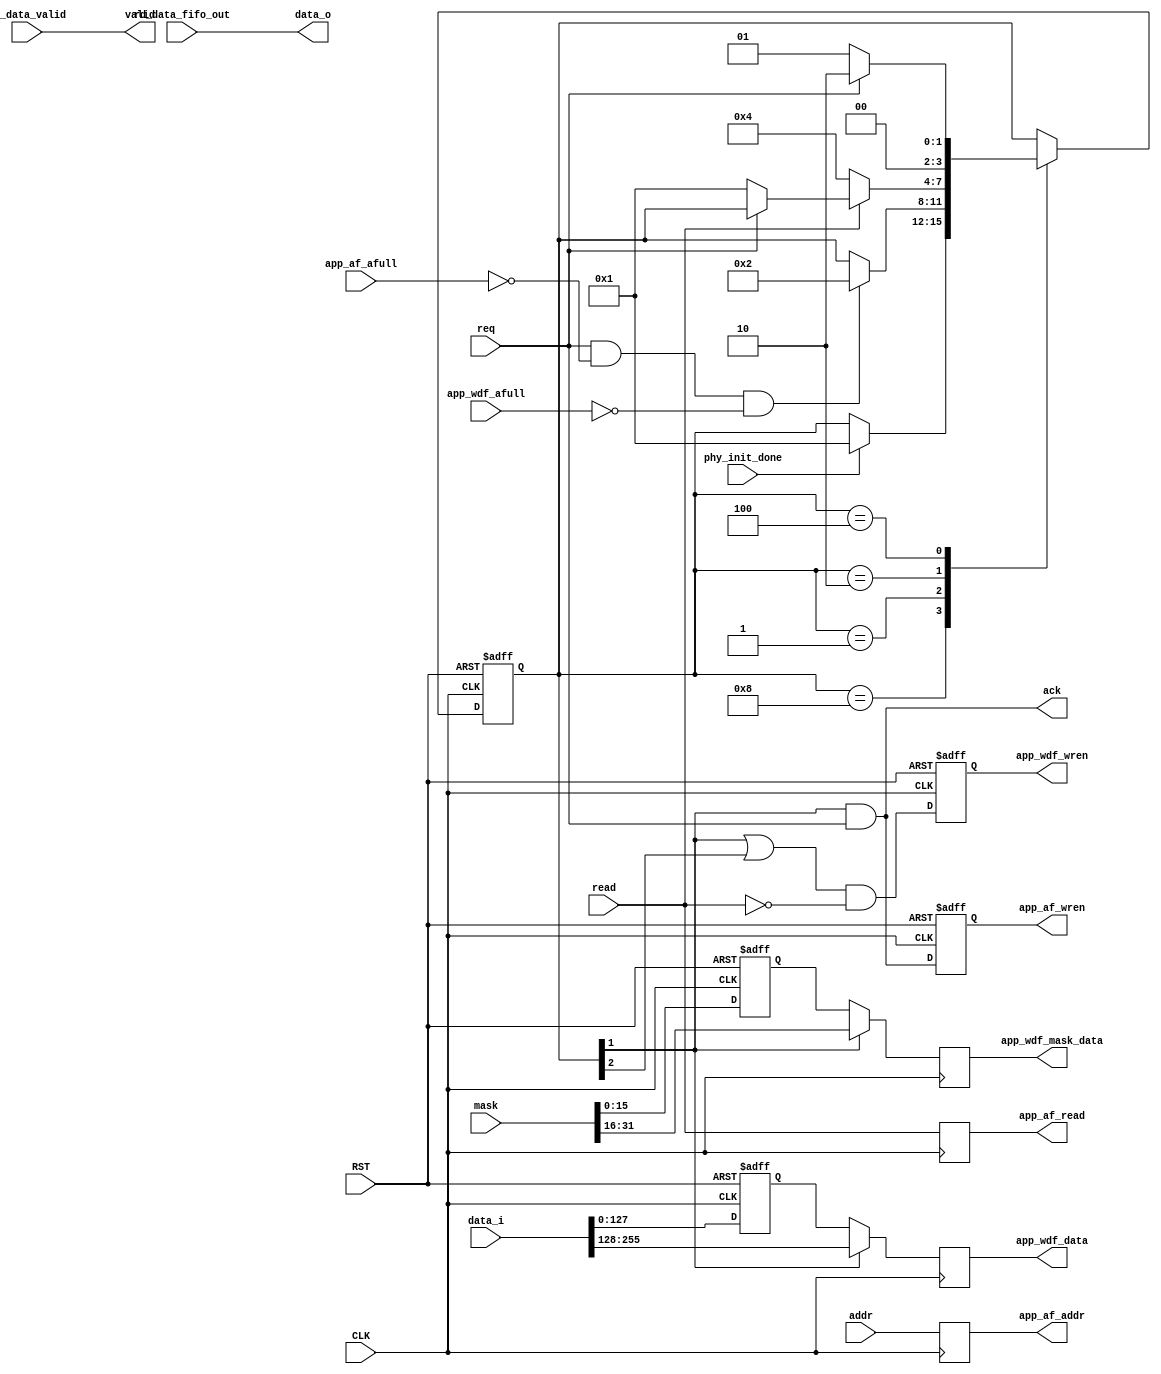

module ddr2_convert 
  (
   input              CLK,
   input              RST,

   // * control
   input              req,
   output             ack,
   input [30:0]       addr,
   input              read,

   // * write
   input [255:0]      data_i,
   input [31:0]       mask,

   // * read
   output             valid,
   output [127:0]     data_o,

   // DDR2 IF
   input              phy_init_done,
   
   output reg         app_af_wren,
   input              app_af_afull,
   output reg [30:0]  app_af_addr,
   output reg         app_af_read,

   output reg         app_wdf_wren,
   input              app_wdf_afull,
   output reg [127:0] app_wdf_data,
   output reg [15:0]  app_wdf_mask_data,

   input              rd_data_valid,
   input [127:0]      rd_data_fifo_out
   );

`define SW 4
   localparam s_idle  = `SW'd1;
   localparam s_word1 = `SW'd2;
   localparam s_word2 = `SW'd4;
   localparam s_wait_init = `SW'd8;
   
   (* MAX_FANOUT = "10" *)
   (* SIGNAL_ENCODING = "user" *)
   reg [`SW-1:0] state;
`undef SW
   
   reg [127:0]               next_word;
   reg [15:0]                next_mask;

   // assign ack = state == s_word1 && req;
   assign ack = state[1] && req;

   assign valid = rd_data_valid;
   assign data_o = rd_data_fifo_out;

   // assign app_af_wren
   //   = ack;

   always @(posedge CLK or negedge RST)
     if (!RST) begin
        app_af_wren <= 1'b0;
     end else begin
        app_af_wren <= ack;
     end

   // assign app_af_addr
   //   = addr;

   always @(posedge CLK)
     app_af_addr <= addr;

   // assign app_af_read
   //   = read;

   always @(posedge CLK)
     app_af_read <= read;

//    assign app_wdf_wren
//      = (state[1] || state[2]) && !read;
// //     = (state == s_word1 || state == s_word2) && !read;

   always @(posedge CLK or negedge RST)
     if (!RST) begin
        app_wdf_wren <= 1'b0;
     end else begin
        app_wdf_wren <= (state[1] || state[2]) && !read;
     end
   
//    assign app_wdf_data
// //     = state == s_word1 ? data_i[255:128] :
//      = state[1] ? data_i[255:128] :
//        next_word;

   always @(posedge CLK)
     app_wdf_data <= state[1] ? 
                     data_i[255:128] : 
                     next_word;

//    assign app_wdf_mask_data
// //     = state == s_word1 ? mask[31:16] :
//      = state[1] ? mask[31:16] :
//        next_mask;

   always @(posedge CLK)
     app_wdf_mask_data <= state[1] ?
                          mask[31:16] :
                          next_mask;

   always @(posedge CLK or negedge RST)
     if (!RST) begin
        state <= s_wait_init;
     end else begin
        case (state)
          s_wait_init:
            if (phy_init_done)
              state <= s_idle;

          s_idle:
            if (req && !app_af_afull && !app_wdf_afull)
              state <= s_word1;
          
          s_word1: 
            if (!read)
              state <= s_word2;
            else if (!req)
              state <= s_idle;

          s_word2:
            if (!req)
              state <= s_idle;
            else 
              state <= s_word1;

          default: ;
        endcase
     end

   always @(posedge CLK or negedge RST)
     if (!RST) begin
        next_word <= 128'h0;
     end else begin
        next_word <= data_i[127:0];
     end // else: !if(!RST)

   always @(posedge CLK or negedge RST)
     if (!RST) begin
        next_mask <= 16'h0;
     end else begin
        next_mask <= mask[15:0];
     end

   
endmodule